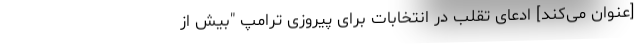
[عنوان می‌کند] ادعای تقلب در انتخابات برای پیروزی ترامپ "بیش‌ از